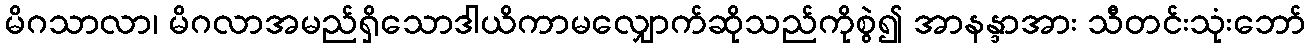
မိဂသာလာ၊ မိဂလာအမည်ရှိသောဒါယိကာမလျှောက်ဆိုသည်ကိုစွဲ၍ အာနန္ဒာအား သီတင်းသုံးဘော်